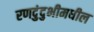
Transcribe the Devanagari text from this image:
रणदुंदुभीमधील